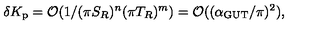
\delta K _ { \mathrm { p } } = { \cal O } ( 1 / ( \pi S _ { R } ) ^ { n } ( \pi T _ { R } ) ^ { m } ) = { \cal O } ( ( \alpha _ { \mathrm { G U T } } / \pi ) ^ { 2 } ) ,